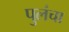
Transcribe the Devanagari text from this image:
पुलंचा